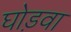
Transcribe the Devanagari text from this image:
घोड़वा